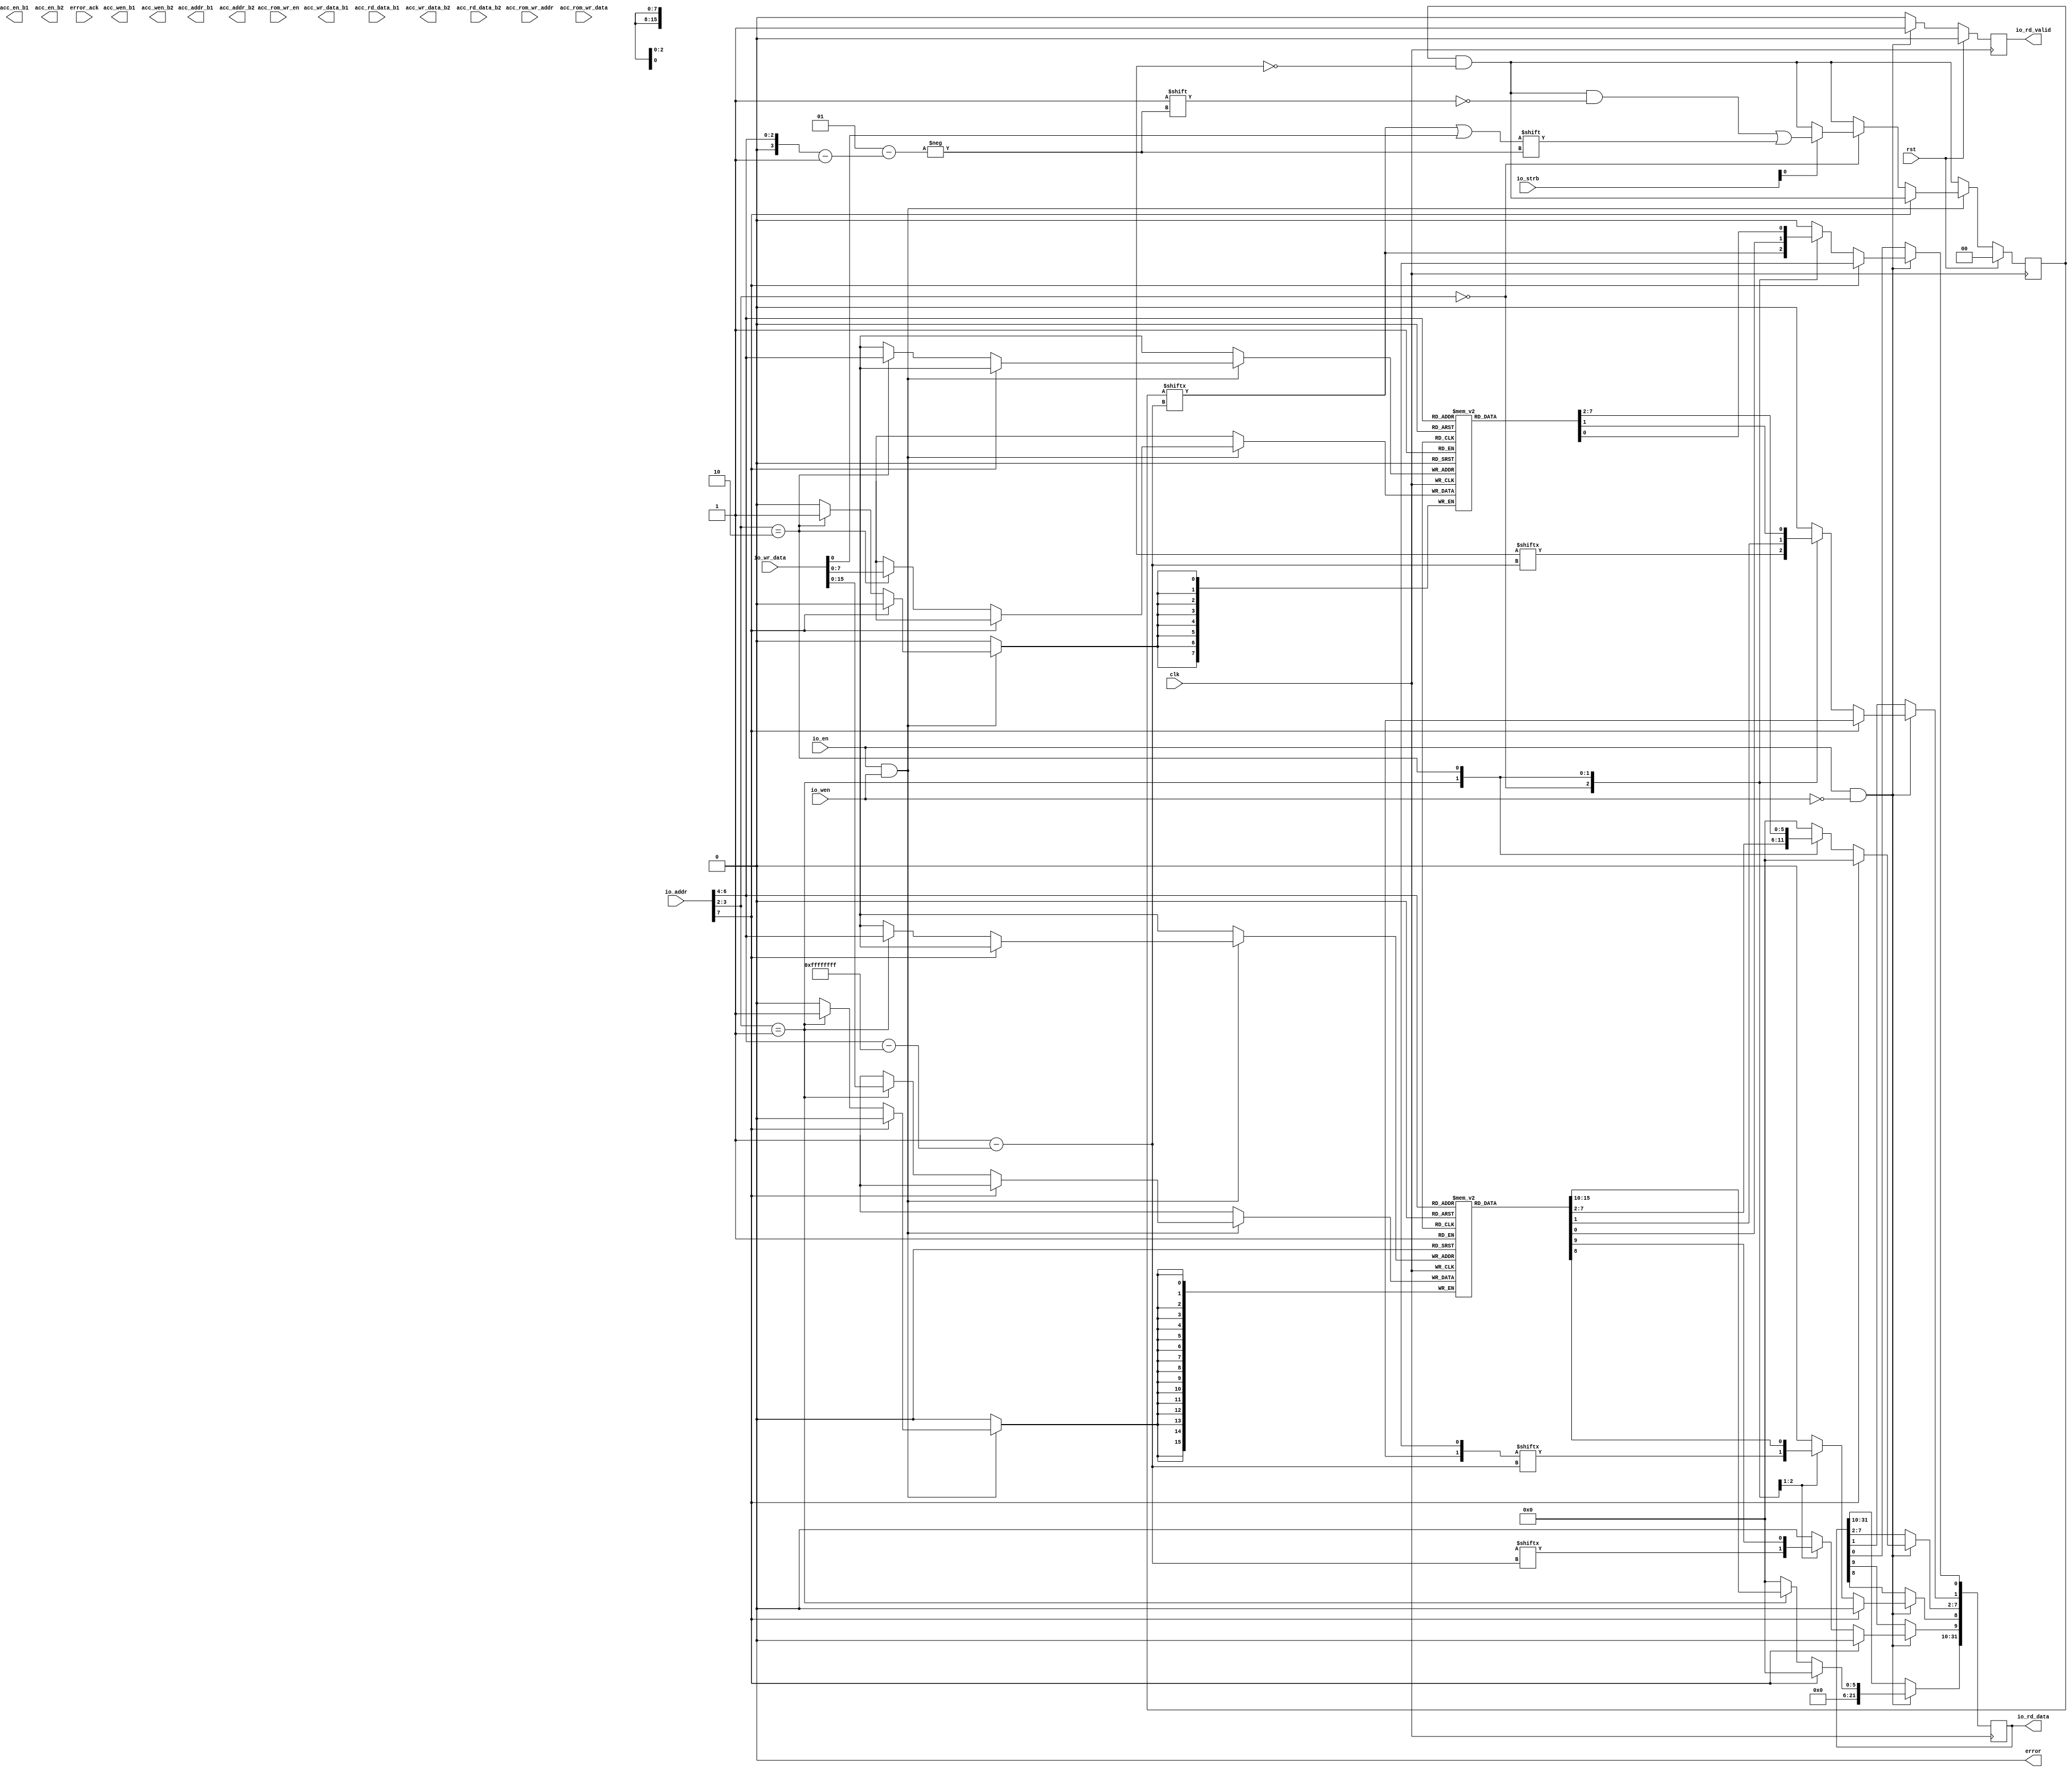
module accel_wrap #(
  parameter IO_DATA_WIDTH   = 32,
  parameter IO_STRB_WIDTH   = (IO_DATA_WIDTH/8),
  parameter IO_ADDR_WIDTH   = 22,
  parameter DATA_WIDTH      = 128,
  parameter STRB_WIDTH      = (DATA_WIDTH/8),
  parameter PMEM_ADDR_WIDTH = 8,
  parameter AROM_ADDR_WIDTH = 1,
  parameter AROM_DATA_WIDTH = 1,
  parameter SLOW_M_B_LINES  = 4096,
  parameter ACC_ADDR_WIDTH  = $clog2(SLOW_M_B_LINES),
  parameter PMEM_SEL_BITS   = PMEM_ADDR_WIDTH-$clog2(STRB_WIDTH)
                              -1-$clog2(SLOW_M_B_LINES),
  parameter ACC_MEM_BLOCKS  = 2**PMEM_SEL_BITS,
  parameter SLOT_COUNT      = 16
) (
  input  wire                                     clk,
  input  wire                                     rst,

  input  wire                                     io_en,
  input  wire                                     io_wen,
  input  wire [IO_STRB_WIDTH-1:0]                 io_strb,
  input  wire [IO_ADDR_WIDTH-1:0]                 io_addr,
  input  wire [IO_DATA_WIDTH-1:0]                 io_wr_data,
  output wire [IO_DATA_WIDTH-1:0]                 io_rd_data,
  output wire                                     io_rd_valid,

  input  wire [AROM_ADDR_WIDTH-1:0]               acc_rom_wr_addr,
  input  wire [AROM_DATA_WIDTH-1:0]               acc_rom_wr_data,
  input  wire                                     acc_rom_wr_en,

  output wire [ACC_MEM_BLOCKS-1:0]                acc_en_b1,
  output wire [ACC_MEM_BLOCKS*STRB_WIDTH-1:0]     acc_wen_b1,
  output wire [ACC_MEM_BLOCKS*ACC_ADDR_WIDTH-1:0] acc_addr_b1,
  output wire [ACC_MEM_BLOCKS*DATA_WIDTH-1:0]     acc_wr_data_b1,
  input  wire [ACC_MEM_BLOCKS*DATA_WIDTH-1:0]     acc_rd_data_b1,

  output wire [ACC_MEM_BLOCKS-1:0]                acc_en_b2,
  output wire [ACC_MEM_BLOCKS*STRB_WIDTH-1:0]     acc_wen_b2,
  output wire [ACC_MEM_BLOCKS*ACC_ADDR_WIDTH-1:0] acc_addr_b2,
  output wire [ACC_MEM_BLOCKS*DATA_WIDTH-1:0]     acc_wr_data_b2,
  input  wire [ACC_MEM_BLOCKS*DATA_WIDTH-1:0]     acc_rd_data_b2,

  output wire                                     error,
  input  wire                                     error_ack
);

assign error = 1'b0;

localparam ACCEL_COUNT = ACC_MEM_BLOCKS;

localparam LEN_WIDTH = 16;

reg [PMEM_ADDR_WIDTH-1:0] cmd_addr_reg[ACCEL_COUNT-1:0];
reg [LEN_WIDTH-1:0]       cmd_len_reg[ACCEL_COUNT-1:0];
reg [ACCEL_COUNT-1:0]     cmd_valid_reg;
wire [ACCEL_COUNT-1:0]    cmd_ready;

wire [ACCEL_COUNT-1:0]    status_match;
wire [ACCEL_COUNT-1:0]    status_done;

reg [IO_DATA_WIDTH-1:0] read_data_reg;
reg read_data_valid_reg;

assign io_rd_data = read_data_reg;
assign io_rd_valid = read_data_valid_reg;

always @(posedge clk) begin
  cmd_valid_reg <= cmd_valid_reg & ~cmd_ready;

  read_data_valid_reg <= 1'b0;

  if (io_en && io_wen) begin
    if (io_addr[7]) begin

    end else begin
      case ({io_addr[3:2], 2'b00})
        4'h0: begin
          if (io_strb[0]) begin
            cmd_valid_reg[io_addr[6:4]] <= cmd_valid_reg[io_addr[6:4]] || io_wr_data[0];
          end
        end
        4'h4: begin
          cmd_len_reg[io_addr[6:4]] <= io_wr_data;
        end
        4'h8: begin
          cmd_addr_reg[io_addr[6:4]] <= io_wr_data;
        end
      endcase
    end
  end

  if (io_en && !io_wen) begin
    read_data_reg <= 0;
    read_data_valid_reg <= 1'b1;
    if (io_addr[7]) begin
      read_data_reg <= status_done;
    end else begin
      case ({io_addr[3:2], 2'b00})
        4'h0: begin
          read_data_reg[0] <= cmd_valid_reg[io_addr[6:4]];
          read_data_reg[1] <= cmd_ready[io_addr[6:4]];
          read_data_reg[8] <= status_done[io_addr[6:4]];
          read_data_reg[9] <= status_match[io_addr[6:4]];
        end
        4'h4: begin
          read_data_reg <= cmd_len_reg[io_addr[6:4]];
        end
        4'h8: begin
          read_data_reg <= cmd_addr_reg[io_addr[6:4]];
        end
      endcase
    end
  end

  if (rst) begin
    cmd_valid_reg <= 1'b0;
    read_data_valid_reg <= 1'b0;
  end
end

generate

genvar n;

for (n = 0; n < ACCEL_COUNT; n = n + 1) begin

  regex_acc #(
    .DATA_WIDTH(DATA_WIDTH),
    .STRB_WIDTH(STRB_WIDTH),
    .PMEM_ADDR_WIDTH(PMEM_ADDR_WIDTH),
    .SLOW_M_B_LINES(SLOW_M_B_LINES),
    .ACC_ADDR_WIDTH(ACC_ADDR_WIDTH),
    .PMEM_SEL_BITS(0),
    .ACC_MEM_BLOCKS(1)
  ) regex_acc_inst (
    .clk(clk),
    .rst(rst),

    .cmd_addr(cmd_addr_reg[n]),
    .cmd_len(cmd_len_reg[n]),
    .cmd_valid(cmd_valid_reg[n]),
    .cmd_ready(cmd_ready[n]),

    .status_match(status_match[n]),
    .status_done(status_done[n]),

    .acc_en_b1(acc_en_b1[n*1 +: 1]),
    .acc_wen_b1(acc_wen_b1[n*STRB_WIDTH +: STRB_WIDTH]),
    .acc_addr_b1(acc_addr_b1[n*ACC_ADDR_WIDTH +: ACC_ADDR_WIDTH]),
    .acc_wr_data_b1(acc_wr_data_b1[n*DATA_WIDTH +: DATA_WIDTH]),
    .acc_rd_data_b1(acc_rd_data_b1[n*DATA_WIDTH +: DATA_WIDTH]),

    .acc_en_b2(acc_en_b2[n*1 +: 1]),
    .acc_wen_b2(acc_wen_b2[n*STRB_WIDTH +: STRB_WIDTH]),
    .acc_addr_b2(acc_addr_b2[n*ACC_ADDR_WIDTH +: ACC_ADDR_WIDTH]),
    .acc_wr_data_b2(acc_wr_data_b2[n*DATA_WIDTH +: DATA_WIDTH]),
    .acc_rd_data_b2(acc_rd_data_b2[n*DATA_WIDTH +: DATA_WIDTH])
  );

end

endgenerate

endmodule